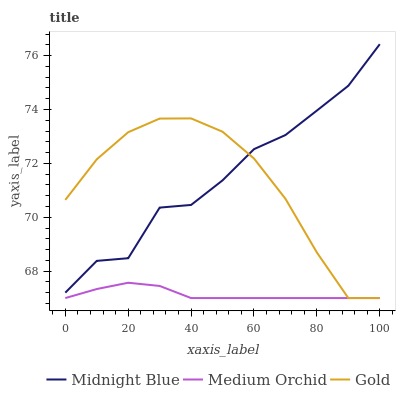
| xaxis_label | Midnight Blue | Medium Orchid | Gold |
 | --- | --- | --- | --- |
 | 0 | 67.2 | 67 | 70.6 |
 | 10 | 68.4 | 67.3 | 72.2 |
 | 20 | 68.5 | 67.6 | 73.2 |
 | 30 | 70.4 | 67.5 | 73.7 |
 | 40 | 70.5 | 67 | 73.7 |
 | 50 | 71.4 | 67 | 73.2 |
 | 60 | 72.5 | 67 | 72.2 |
 | 70 | 73.1 | 67 | 70.7 |
 | 80 | 74 | 67 | 68.7 |
 | 90 | 74.9 | 67 | 67 |
 | 100 | 76.4 | 67 | 67 |